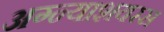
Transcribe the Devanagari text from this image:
अग्न्याशयरस